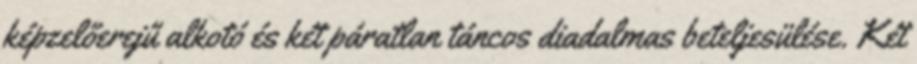
képzelőerejű alkotó és két páratlan táncos diadalmas beteljesülése. Két